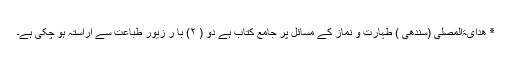
٭ ھدایۃالمصلی (سندھی ) طہارت و نماز کے مسائل پر جامع کتاب ہے دو ( ۲) با ر زیور طباعت سے آراستہ ہو چکی ہے۔